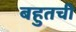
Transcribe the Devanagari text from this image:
बहुतची